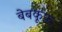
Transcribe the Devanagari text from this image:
बेबकूफ़